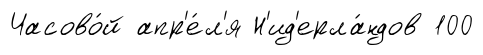
Часово́й апр'е́л'я Н'ид'ерла́ндов 100